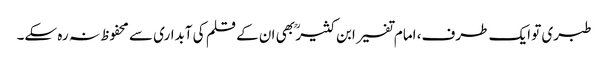
طبری تو ایک طرف، امام تفسیر ابن کثیر ؒ بھی ان کے قلم کی آبداری سے محفوظ نہ رہ سکے۔